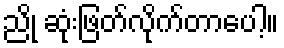
ညို ဆုံးဖြတ်လိုက်တာပေါ့။